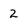
Character: 2